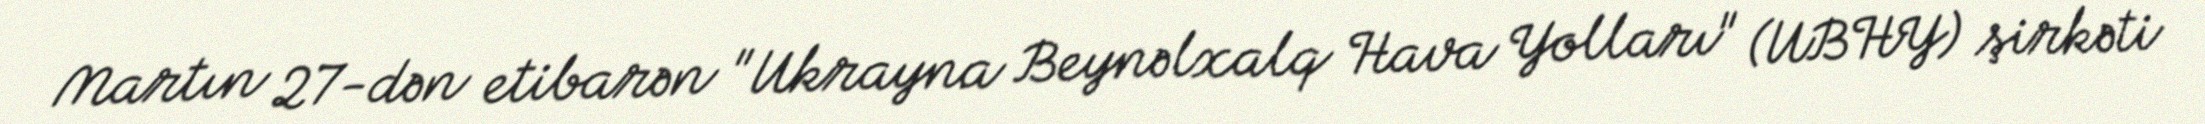
Martın 27-dən etibarən "Ukrayna Beynəlxalq Hava Yolları" (UBHY) şirkəti